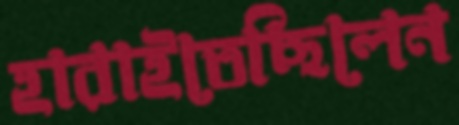
হারাইতেছিলেন